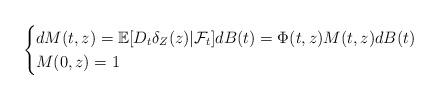
LaTeX: \begin{align*}\begin{cases}dM(t,z) = \mathbb{E}[D_t \delta_Z(z) | \mathcal{F}_t]dB(t)= \Phi(t,z)M(t,z) dB(t)\\M(0,z)=1\end{cases}\end{align*}